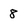
Character: 8